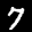
Label: 7